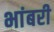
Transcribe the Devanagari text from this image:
भांबरी